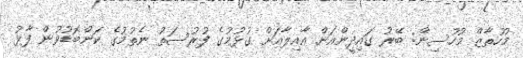
މުހުތާޒް މުހުސިން: ބޭރު ގައިދީންއަށް އާއިލާއަށް ގުޅުމުގެ ފުރުސަތު ނެތުމުގެ ކަންބޮޑުވުން ފާޅު